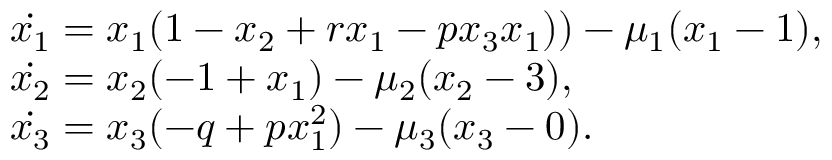
\begin{array} { l l } { \dot { { x } _ { 1 } } = { x } _ { 1 } ( 1 - { x } _ { 2 } + { r } { x } _ { 1 } - { p } { x } _ { 3 } { x } _ { 1 } ) ) - { \mu } _ { 1 } ( { x } _ { 1 } - 1 ) , } \\ { \dot { { x } _ { 2 } } = { x } _ { 2 } ( - 1 + { x } _ { 1 } ) - { \mu } _ { 2 } ( { x } _ { 2 } - 3 ) , } \\ { \dot { { x } _ { 3 } } = { x } _ { 3 } ( - { q } + { p } { x } _ { 1 } ^ { 2 } ) - { \mu } _ { 3 } ( { x } _ { 3 } - 0 ) . } \end{array}